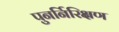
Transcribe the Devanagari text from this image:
पुनर्निरिक्षण